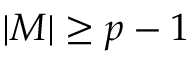
| M | \geq p - 1